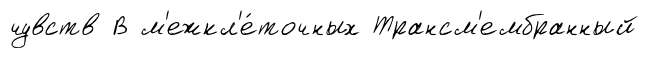
чувств В м'ежкл'е́точных Трансм'ембранный